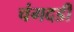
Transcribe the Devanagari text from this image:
चंगदडी